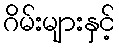
ဂိမ်းများနှင့်